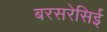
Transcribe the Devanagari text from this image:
बरसरेसिई